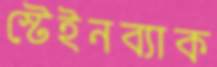
স্টেইনব্যাক